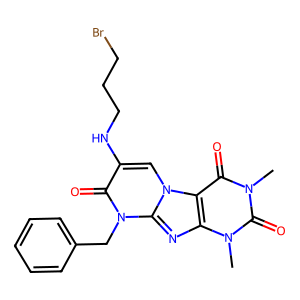
SMILES: Cn1c(=O)c2c(nc3n(Cc4ccccc4)c(=O)c(NCCCBr)cn23)n(C)c1=O
Inhibits HIV replication: No